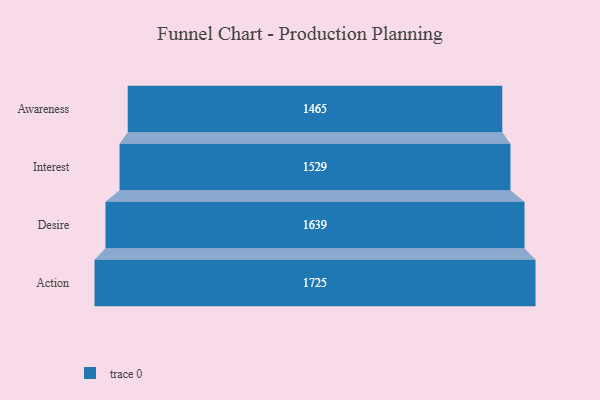
{"axis": {"x": "Stage", "y": "Value"}, "legend": [""], "data": [{"x": "Awareness", "y": 1465.0, "type": ""}, {"x": "Interest", "y": 1529.0, "type": ""}, {"x": "Desire", "y": 1639.0, "type": ""}, {"x": "Action", "y": 1725.0, "type": ""}]}